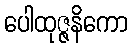
ပေါထုဇ္ဇနိကော